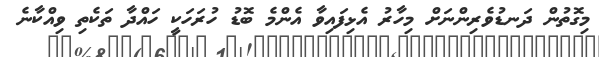
މިގޮތުން ދަނޑުވެރިންނަށް މިހާރު އެޅިފައިވާ އެންމެ ބޮޑު ހުރަހަކީ ހައްދާ ތަކެތި ވިއްކާނެ